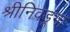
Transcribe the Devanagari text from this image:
श्रीनिवडूंगा